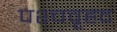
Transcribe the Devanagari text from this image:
पश्चवृहद